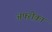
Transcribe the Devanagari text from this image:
अफ्ऱीक़ा